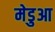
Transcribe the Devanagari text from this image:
मेडुआ